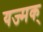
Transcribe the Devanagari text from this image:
यज्मक्